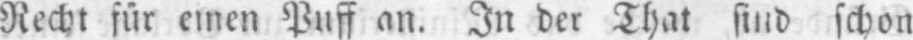
Recht für einen Puff an. In der That sind schon